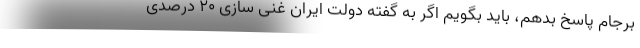
برجام پاسخ بدهم، باید بگویم اگر به گفته دولت ایران غنی سازی ۲۰ درصدی